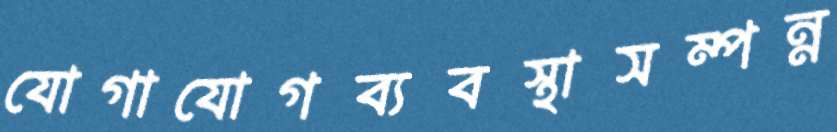
যোগাযোগব্যবস্থাসম্পন্ন